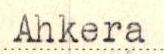
Ahkera